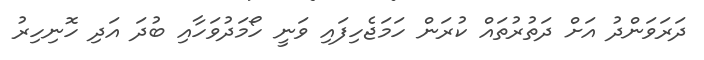
ދަރަވަންދު އަށް ދަތުރުތައް ކުރަން ހަމަޖެހިފައި ވަނީ ހޯމަދުވަހާއި ބުދަ އަދި ހޮނިހިރު